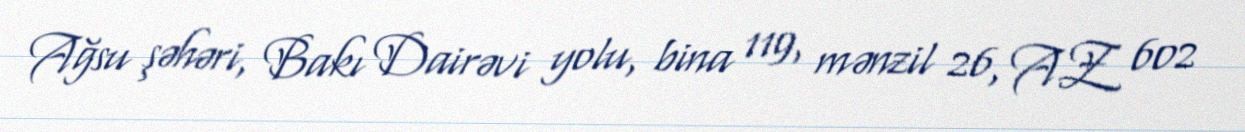
Ağsu şəhəri, Bakı Dairəvi yolu, bina 119, mənzil 26, AZ 602